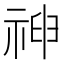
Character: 𥚞